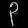
Digit: ၃